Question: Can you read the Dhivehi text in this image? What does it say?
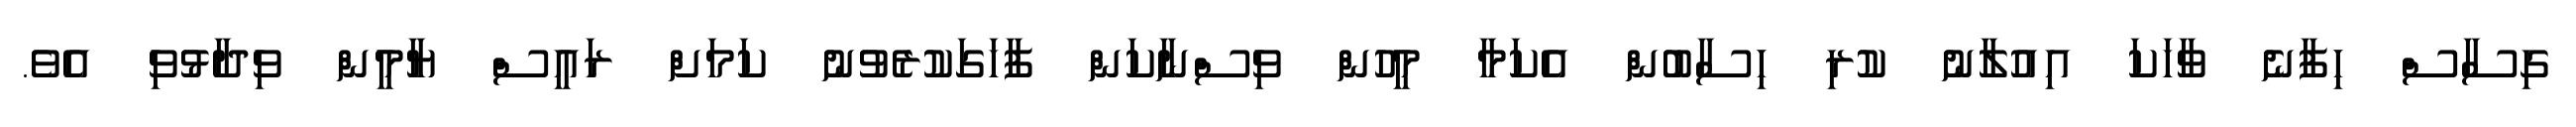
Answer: ގިސާސް ހިފާނެ ވާހަކަ އިއުލާނު ކުރި ހިސާބުން އެކަމާ މީހުން ވިސްނާކަން ފާހަގަކުރެވުނު ކަމަށް ރައީސް ޔާމީން ވިދާޅުވި އެވެ.